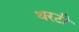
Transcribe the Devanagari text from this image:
थरटी